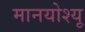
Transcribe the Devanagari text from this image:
मानयोश्यू